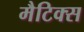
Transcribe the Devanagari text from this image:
मैटिक्स